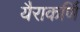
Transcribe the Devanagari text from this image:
यैराकर्णि